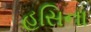
હસિના